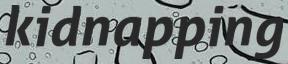
kidnapping